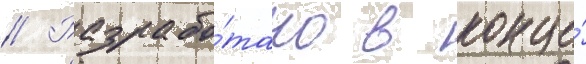
// Разрабо́тано в конце́